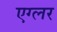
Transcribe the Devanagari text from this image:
एग्लर